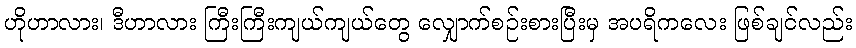
ဟိုဟာလား၊ ဒီဟာလား ကြီးကြီးကျယ်ကျယ်တွေ လျှောက်စဉ်းစားပြီးမှ အပရိကလေး ဖြစ်ချင်လည်း